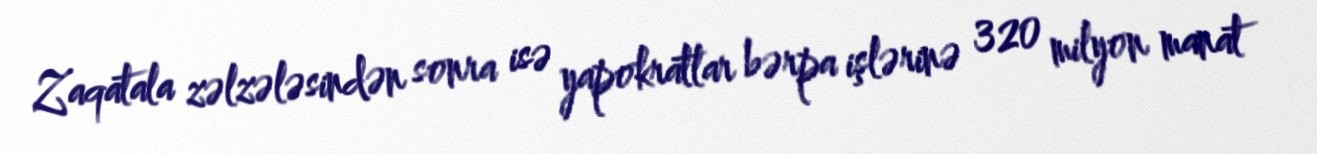
Zaqatala zəlzələsindən sonra isə yapokratlar bərpa işlərinə 320 milyon manat